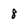
Character: 8